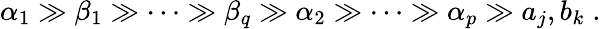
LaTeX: \alpha_{1}\gg\beta_{1}\gg\cdots\gg\beta_{q}\gg\alpha_{2}\gg\cdots\gg\alpha_{p}\gg a_{j},b_{k}\; .